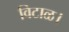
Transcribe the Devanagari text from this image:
विटाळ।